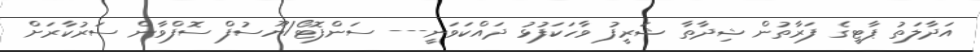
އަދާލަތު ޕާޓީގެ ފަރާތުން ޝިދާތާ ޝަރީފު ވާހަކަފުޅު ދައްކަވަނީ--- ސަންފޮޓޯ/ޔޫސުފް ސޮފްވާން ސަރުކާރަށް